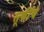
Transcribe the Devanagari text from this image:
सूफींचे